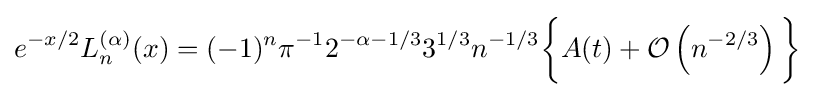
e^{-x/2}L_{n}^{(\alpha )}(x)=(-1)^{n}\pi ^{-1}2^{-\alpha -1/3}3^{1/3}n^{-1/3}{\bigg \{}A(t)+{\mathcal {O}}\left(n^{-2/3}\right){\bigg \}}